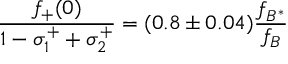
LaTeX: \frac { f _ { + } ( 0 ) } { 1 - \sigma _ { 1 } ^ { + } + \sigma _ { 2 } ^ { + } } = ( 0 . 8 \pm 0 . 0 4 ) \frac { f _ { B ^ { * } } } { f _ { B } }